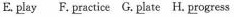
E.\underline{pl}ay F.\underline{pr}actice G.\underline{pl}ate H.\underline{pr}ogress